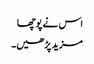
اس نے پوچھا
مزید پڑھیں۔